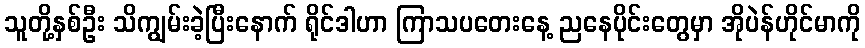
သူတို့နှစ်ဦး သိကျွမ်းခဲ့ပြီးနောက် ရိုင်ဒါဟာ ကြာသပတေးနေ့ ညနေပိုင်းတွေမှာ အိုပဲန်ဟိုင်မာကို